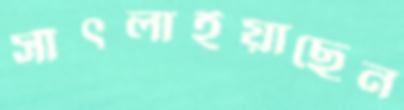
সাঁৎলাইয়াছেন